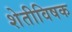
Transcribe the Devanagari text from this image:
शेतीविषक